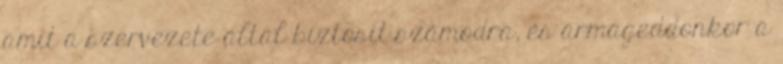
amit a szervezete által biztosít számodra, és armageddonkor a